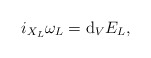
\begin{gather*} i _{ X _L } \omega _L = \mathrm{d} _V E _L , \end{gather*}